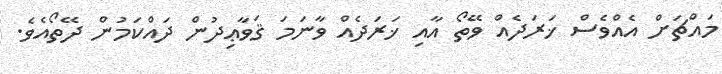
މައްޗަށް އެއްވެސް ޚަރަދެއް ވޭތޯ އާއި ޚަރަދެއް ވާނަމަ ޤަވާޢިދުން ދައްކަމުން ދޭތޯއެވެ.